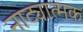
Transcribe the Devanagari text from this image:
नाट्यात्मक